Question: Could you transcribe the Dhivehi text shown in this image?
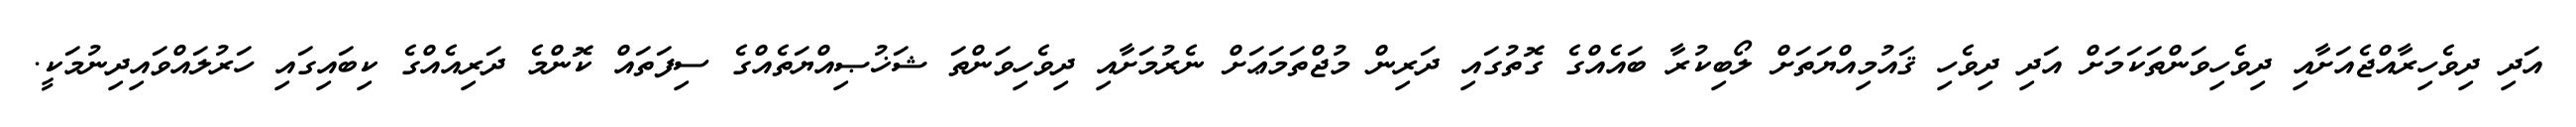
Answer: އަދި ދިވެހިރާއްޖެއަށާއި ދިވެހިވަންތަކަމަށް އަދި ދިވެހި ޤައުމިއްޔަތަށް ލޯބިކުރާ ބައެއްގެ ގޮތުގައި ދަރިން މުޖްތަމަޢަށް ނެރުމަށާއި ދިވެހިވަންތަ ޝަޚުޞިއްޔަތެއްގެ ސިފަތައް ކޮންމެ ދަރިއެއްގެ ކިބައިގައި ހަރުލައްވައިދިނުމަކީ.